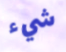
شيء